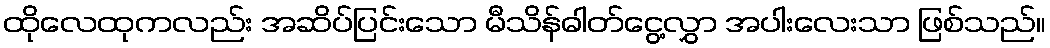
ထိုလေထုကလည်း အဆိပ်ပြင်းသော မီသိန်ဓါတ်ငွေ့လွှာ အပါးလေးသာ ဖြစ်သည်။